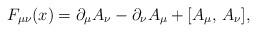
LaTeX: \begin{align*}F_{\mu\nu}(x)=\partial_{\mu}A_{\nu}-\partial_{\nu}A_{\mu}+[A_{\mu},\,A_{\nu}],\end{align*}